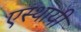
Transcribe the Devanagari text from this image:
एस्थायी